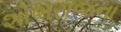
શોભરાજના